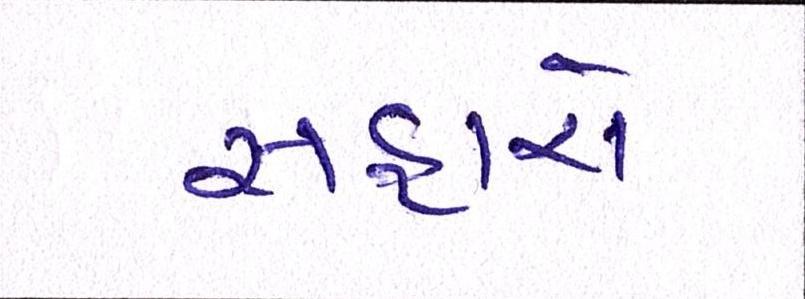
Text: સહારો